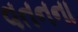
વતનના